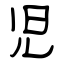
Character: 児